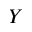
Y